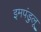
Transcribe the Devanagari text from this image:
इमपंडुलू